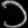
Digit: ၁